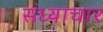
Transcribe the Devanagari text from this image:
संध्याचार